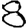
Digit: 8